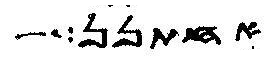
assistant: אחתנן